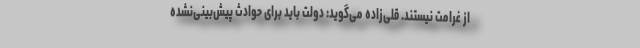
از غرامت نیستند.‌ قلی‌زاده می‌گوید: دولت باید برای حوادث پیش‌بینی‌نشده